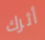
أثرك